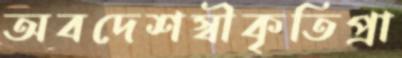
অবদেশস্বীকৃতিপ্রা